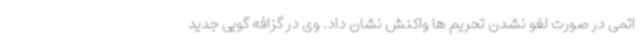
اتمی در صورت لغو نشدن تحریم ها واکنش نشان داد. وی در گزافه گویی جدید